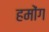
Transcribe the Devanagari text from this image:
हमोंग